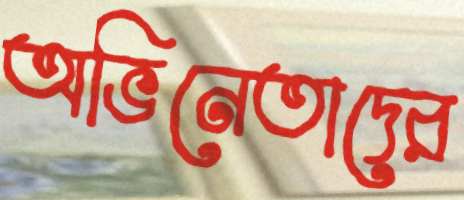
অভিনেতাদের